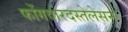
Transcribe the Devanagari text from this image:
फोंगवोरदस्तेलेसन